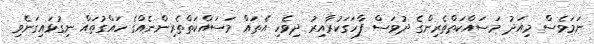
ނަމަވެސް މިއަދު މަސައްކަތްތެރިންގެ ދުވަސް ފާހަގަކުރާއިރު ދިވެހި އެތައް މަސައްކަތްތެރިންނެއްގެ ހައްގުތައް ނިގުޅައިގަނެވި